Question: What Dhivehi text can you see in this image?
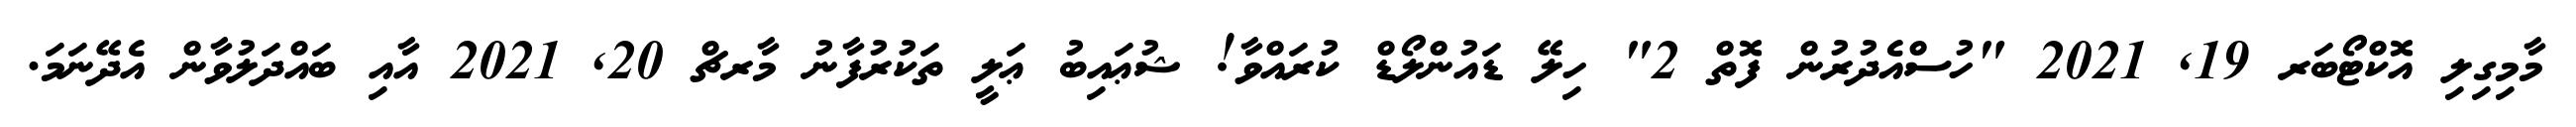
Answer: މާމިގިލި އޮކްޓޯބަރ 19, 2021 "ހުސްއެދުރުން ފޮތް 2" ހިލޭ ޑައުންލޯޑް ކުރައްވާ! ޝުޢައިބު ޢަލީ ތަކުރުފާނު މާރޗް 20, 2021 އާއި ބައްދަލުވާން އެދޭނަމަ.